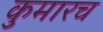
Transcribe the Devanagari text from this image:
कुमारच